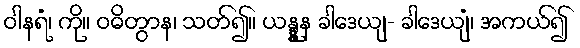
ဝါနရံ၊ ကို။ ဝဓိတွာန၊ သတ်၍။ ယန္နူန ခါဒေယျ- ခါဒေယျံ၊ အကယ်၍